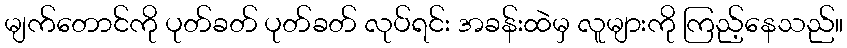
မျက်တောင်ကို ပုတ်ခတ် ပုတ်ခတ် လုပ်ရင်း အခန်းထဲမှ လူများကို ကြည့်နေသည်။